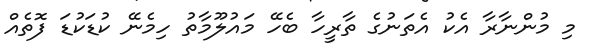
މި މުންނާރާ އެކު އެތަނުގެ ތާރީހާ ބެހޭ މައުލޫމާތު ހިމެނޭ ކުޑަކުޑަ ފޮތެއް